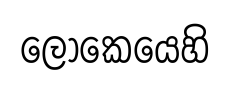
ලොකෙයෙහි